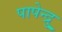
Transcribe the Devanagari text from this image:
पापेन्द्रु